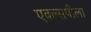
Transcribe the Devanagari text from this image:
एक्ल्सपीला